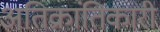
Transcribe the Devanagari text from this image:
अतिक्रांतिकारी